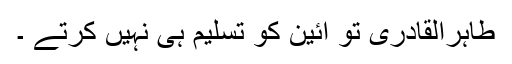
طاہراُلقادری تو آئین کو تسلیم ہی نہیں کرتے ۔